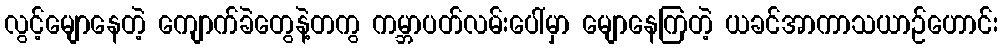
လွင့်မျောနေတဲ့ ကျောက်ခဲတွေနဲ့တကွ ကမ္ဘာပတ်လမ်းပေါ်မှာ မျောနေကြတဲ့ ယခင်အာကာသယာဉ်ဟောင်း